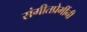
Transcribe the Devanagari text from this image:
संगीतप्रेमींनी